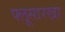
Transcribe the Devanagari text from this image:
फ्लूसारखा